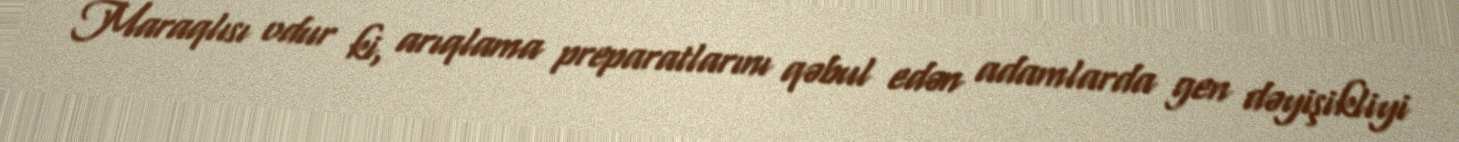
Maraqlısı odur ki, arıqlama preparatlarını qəbul edən adamlarda gen dəyişikliyi